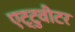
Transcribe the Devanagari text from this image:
एट्टुवीटर